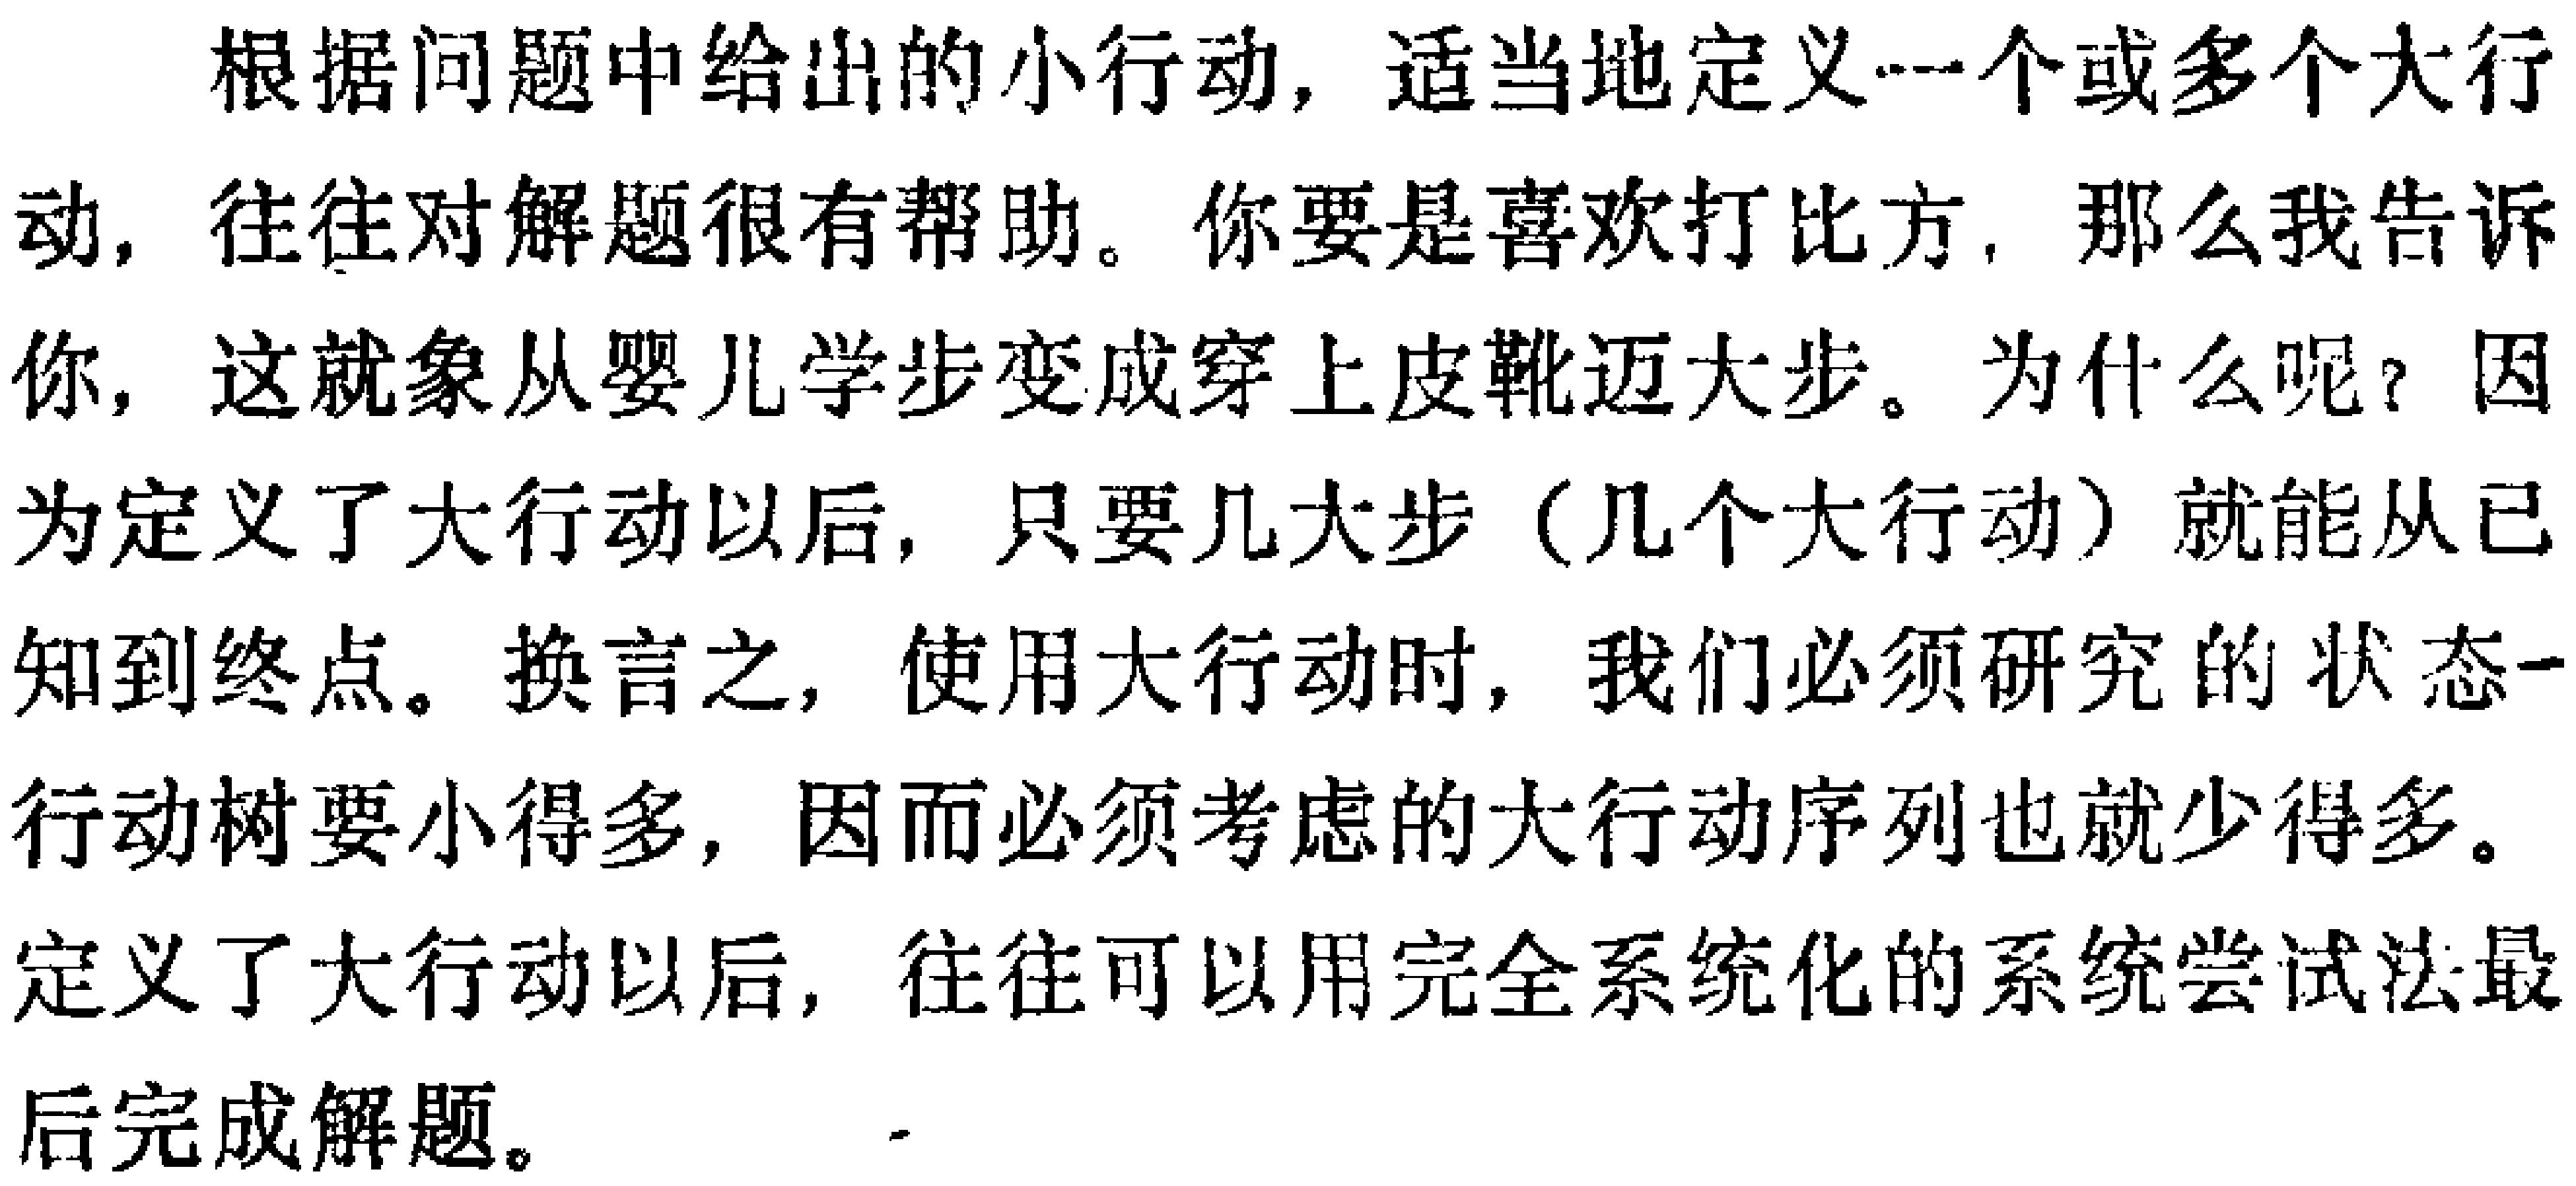
根据问题中给出的小行动，适当地定义一个或多个大行动，往往对解题很有帮助。你要是喜欢打比方，那么我告诉你，这就象从婴儿学步变成穿上皮靴迈大步。为什么呢？因为定义了大行动以后，只要几大步（几个大行动）就能从已知到终点。换言之，使用大行动时，我们必须研究的状态 - 行动树要小得多，因而必须考虑的大行动序列也就少得多。定义了大行动以后，往往可以用完全系统化的系统尝试法最后完成解题。